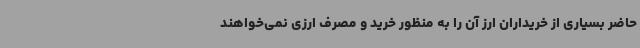
حاضر بسیاری از خریداران ارز آن را به منظور خرید و مصرف ارزی نمی‌خواهند